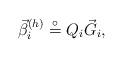
LaTeX: \begin{align*}\vec{\beta}_{i}^{(h)}\stackrel{\circ }{=}{Q}_{i}\vec{G}_{i}, \end{align*}